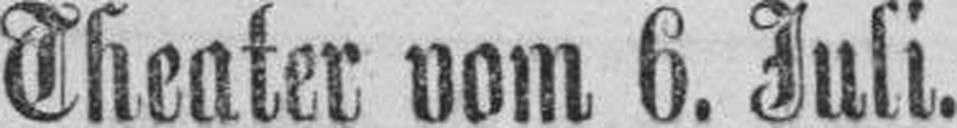
Theater vom 6. Juli.